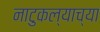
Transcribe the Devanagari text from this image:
नाटुकल्याच्या